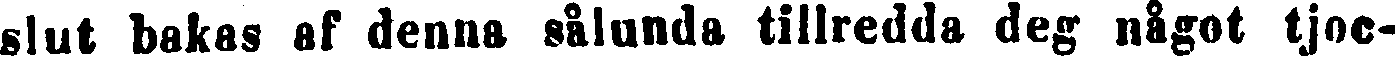
slut bakas af denna sålunda tillredda deg något tjoc-